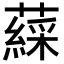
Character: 𧀊